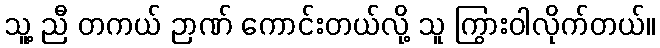
သူ့ ညီ တကယ် ဉာဏ် ကောင်းတယ်လို့ သူ ကြွားဝါလိုက်တယ်။